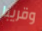
وقريبا